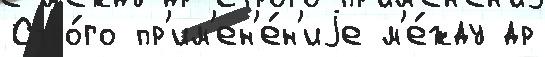
Стро́го пр'им'ен'е́н'иjе м'е́жду др